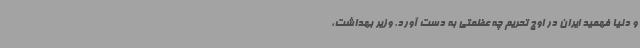
و دنیا فهمید ایران در اوج تحریم چه عظمتی به دست آورد. وزیر بهداشت،